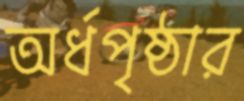
অর্ধপৃষ্ঠার